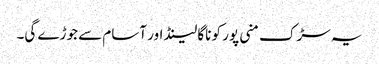
یہ سڑک منی پور کو ناگا لینڈ اور آسام سے جوڑے گی۔